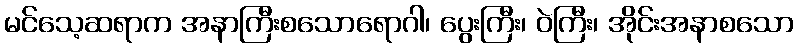
မင်သေ့ဆရာက အနာကြီးစသောရောဂါ၊ ပွေးကြီး၊ ဝဲကြီး၊ အိုင်းအနာစသော